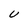
Character: v